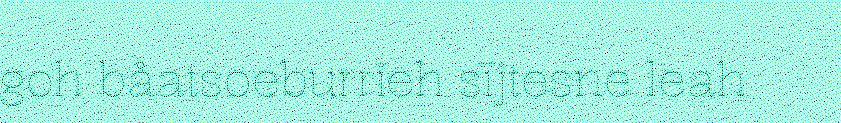
goh båatsoeburrieh sïjtesne leah